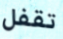
تقفل